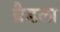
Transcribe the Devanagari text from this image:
ब्रैडला